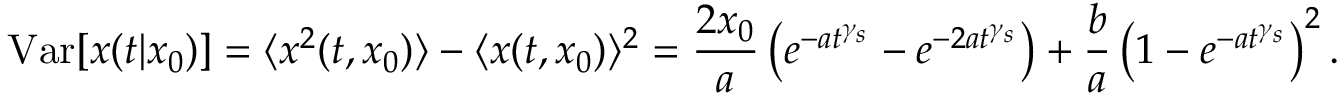
\mathrm { V a r } [ x ( t | x _ { 0 } ) ] = \langle x ^ { 2 } ( t , x _ { 0 } ) \rangle - \langle x ( t , x _ { 0 } ) \rangle ^ { 2 } = \frac { 2 x _ { 0 } } { a } \left( e ^ { - a t ^ { \gamma _ { s } } } - e ^ { - 2 a t ^ { \gamma _ { s } } } \right) + \frac { b } { a } \left( 1 - e ^ { - a t ^ { \gamma _ { s } } } \right) ^ { 2 } .